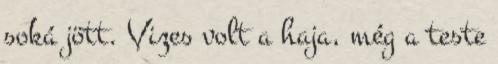
soká jött. Vizes volt a haja, még a teste